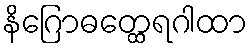
နိဂြောဓတ္ထေရဂါထာ